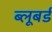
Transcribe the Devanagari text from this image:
ब्लूबर्ड